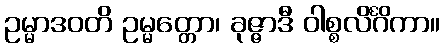
ဥမ္မာဒဝတိ ဥမ္မတ္တော၊ ခုဇ္ဇာဒီ ဝါစ္စလိင်္ဂိကာ။